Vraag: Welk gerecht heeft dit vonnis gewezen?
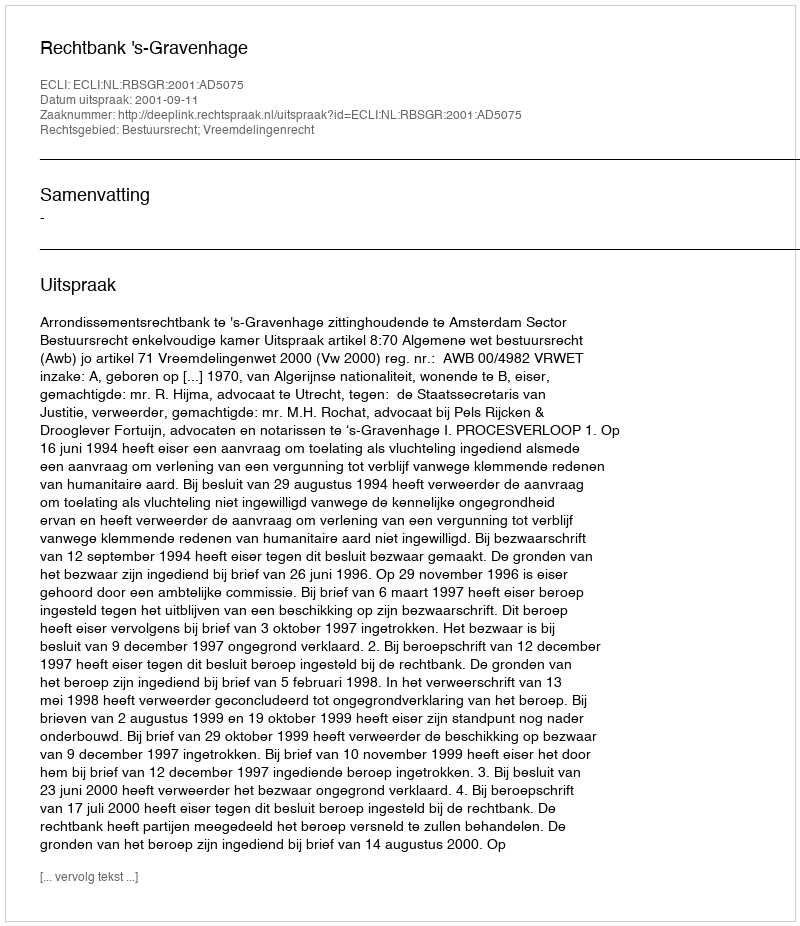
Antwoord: Rechtbank 's-Gravenhage